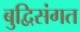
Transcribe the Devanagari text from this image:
बुद्विसंगत